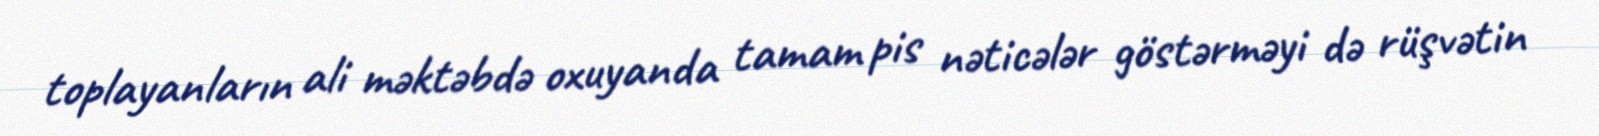
toplayanların ali məktəbdə oxuyanda tamam pis nəticələr göstərməyi də rüşvətin